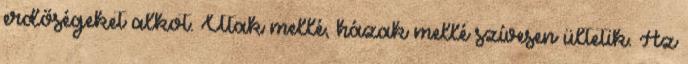
erdőségeket alkot. Utak mellé, házak mellé szívesen ültetik. Az